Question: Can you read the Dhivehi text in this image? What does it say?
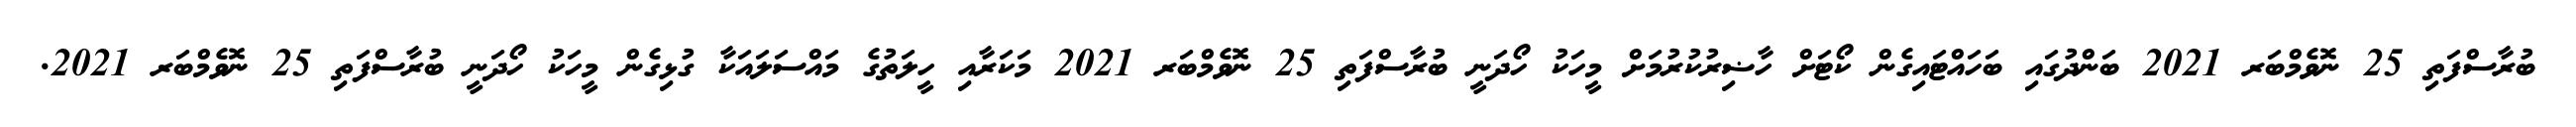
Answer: ބުރާސްފަތި 25 ނޮވެމްބަރ 2021 ބަންދުގައި ބަހައްޓައިގެން ކޯޓަށް ހާޟިރުކުރުމަށް މީހަކު ހޯދަނީ ބުރާސްފަތި 25 ނޮވެމްބަރ 2021 މަކަރާއި ހީލަތުގެ މައްސަލައަކާ ގުޅިގެން މީހަކު ހޯދަނީ ބުރާސްފަތި 25 ނޮވެމްބަރ 2021.